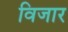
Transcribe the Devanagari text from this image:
विजार